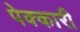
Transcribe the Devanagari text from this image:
पेक्कारी